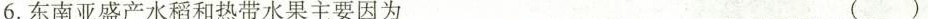
6.东南亚盛产水稻和热带水果主要因为 ()